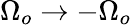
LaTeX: \Omega_{o}\rightarrow-\Omega_{o}